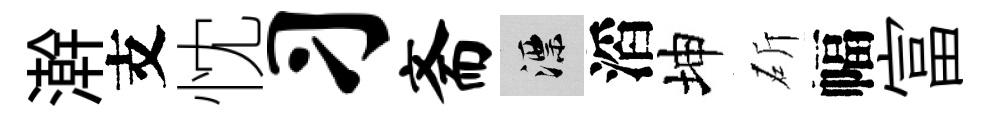
澣支忱习斋漂滔坤斫幅富